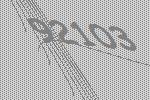
92103